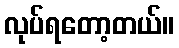
လုပ်ရတော့တယ်။